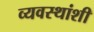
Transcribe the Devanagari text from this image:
व्यवस्थांशी